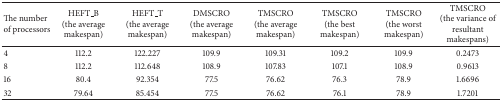
| The number of processors | HEFT_B(the average makespan) | HEFT_T(the average makespan) | DMSCRO(the average makespan) | TMSCRO(the average makespan) | TMSCRO(the best makespan) | TMSCRO(the worst makespan) | TMSCRO(the variance of resultant makespans) |
 | --- | --- | --- | --- | --- | --- | --- | --- |
 | 4 | 112.2 | 122.227 | 109.9 | 109.31 | 109.2 | 109.9 | 0.2473 |
 | 8 | 112.2 | 112.648 | 108.9 | 107.83 | 107.1 | 108.9 | 0.9613 |
 | 16 | 80.4 | 92.354 | 77.5 | 76.62 | 76.3 | 78.9 | 1.6696 |
 | 32 | 79.64 | 85.454 | 77.5 | 76.62 | 76.1 | 78.9 | 1.7201 |